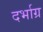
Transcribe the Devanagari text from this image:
दर्भाग्र